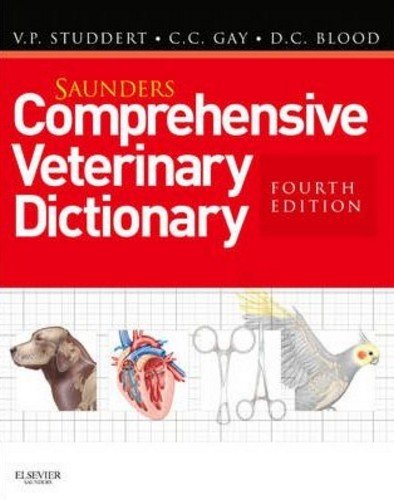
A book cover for Saunders Comprehensive Veterinary Dictionary, 4e; Virginia P. Studdert BSc DVM Hon DVSc; Medical Books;